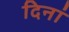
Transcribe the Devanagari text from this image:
दिनां